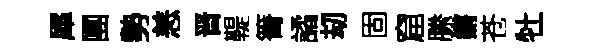
犀團勢恙晋鞮箐譎刧固窟縢鏘苍牡